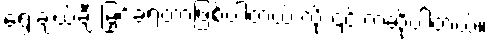
ရွေးချယ်ချီးမြှင့်ခံရတာဖြစ်ပါတယ် လို့ ၎င်းကဆိုပါတယ်။